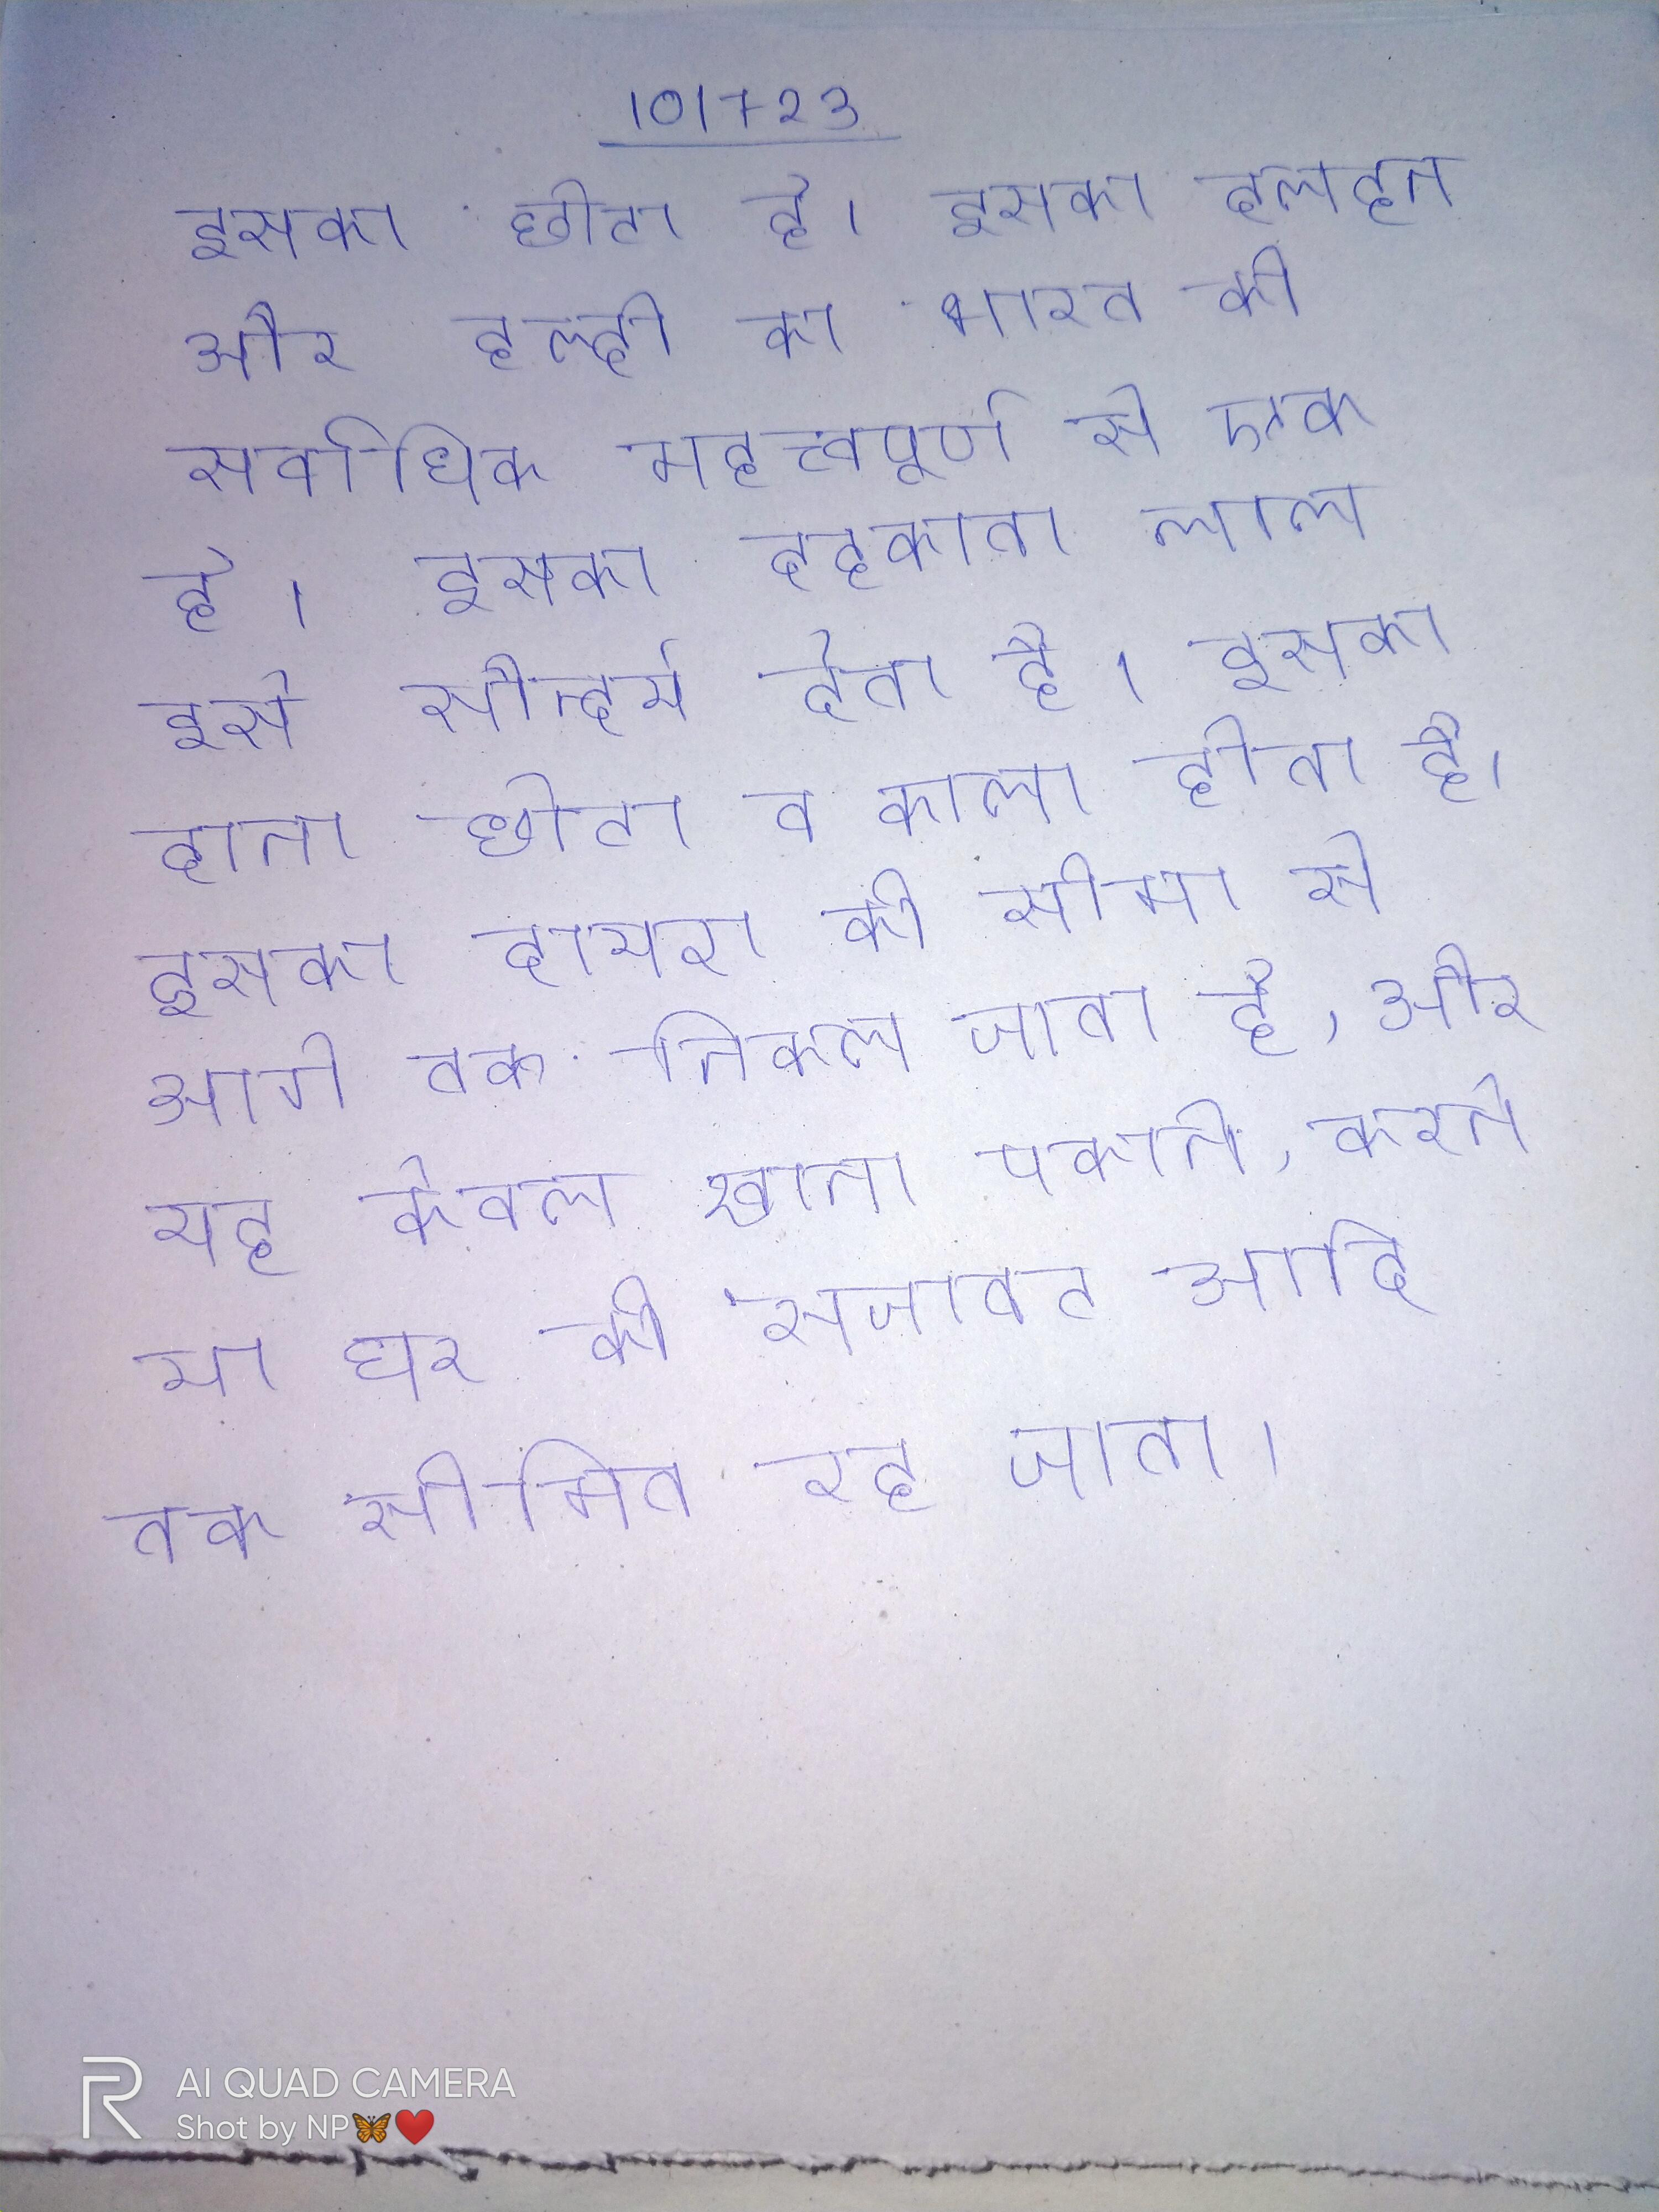
इसका छोटा है । इसका दलहन और हल्दी का भारत की सर्वाधिक महत्त्वपूर्ण से एक है । इसका दहकता लाल इसे सौन्दर्य देता है । इसका दाना छोटा व काला होता है । इसका दायरा की सीमा से आगे तक निकल जाता है, और यह केवल खाना पकाने, करने या घर की सजावट आदि तक सीमित रह जाता ।